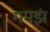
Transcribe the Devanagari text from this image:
ममझं